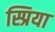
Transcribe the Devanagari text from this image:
स्प्रिया